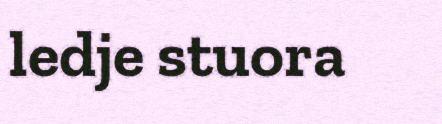
ledje stuora